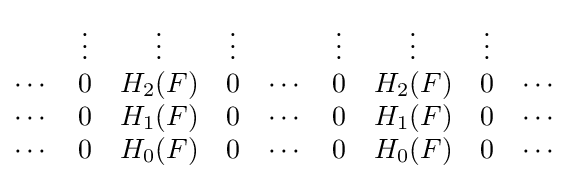
{\begin{matrix}&\vdots &\vdots &\vdots &&\vdots &\vdots &\vdots &\\\cdots &0&H_{2}(F)&0&\cdots &0&H_{2}(F)&0&\cdots \\\cdots &0&H_{1}(F)&0&\cdots &0&H_{1}(F)&0&\cdots \\\cdots &0&H_{0}(F)&0&\cdots &0&H_{0}(F)&0&\cdots \\\end{matrix}}